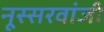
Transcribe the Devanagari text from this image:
नूस्सरवांजी